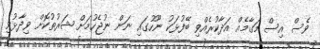
ވެސް އިސް މަގާމެއް އަދާކުރެއްވި ބޭފުޅަކު ނޫހުގައި ނަން ނުޖެހުމަށް ޝަރުތުކޮށް ވިދާޅުވި